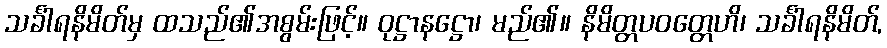
သင်္ခါရနိမိတ်မှ ထသည်၏အစွမ်းဖြင့်။ ဝုဋ္ဌာနဋ္ဌော၊ မည်၏။ နိမိတ္တပဝတ္တေဟိ၊ သင်္ခါရနိမိတ်,